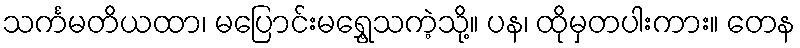
သင်္ကမတိယထာ၊ မပြောင်းမရွှေ့သကဲ့သို့။ ပန၊ ထိုမှတပါးကား။ တေန